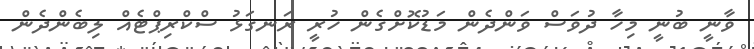
ވާނީ ބުނީ މިހާ ދުވަސް ވަންދެން މަޑުކޮށްގެން ހުރީ ރަނގަޅު ސްކްރިޕްޓެއް ލިބެންދެން